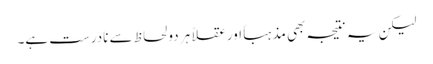
لیکن یہ نتیجہ بھی مذہباً اور عقلاً ہر دو لحاظ سے نادرست ہے۔